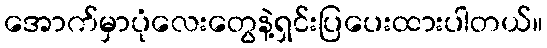
အောက်မှာပုံလေးတွေနဲ့ရှင်းပြပေးထားပါတယ်။